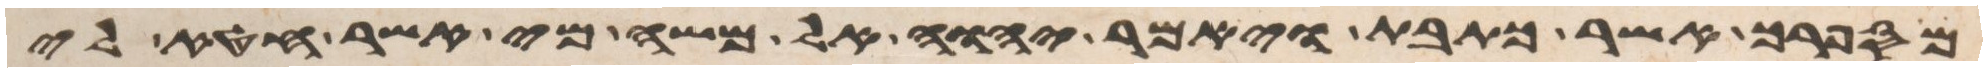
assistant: מספרך אשר כתבת ויאמר יהוה אל משה מי אשר חטא לי